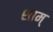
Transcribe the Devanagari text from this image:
शाम्